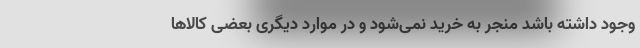
وجود داشته باشد منجر به خرید نمی‌شود و در موارد دیگری بعضی کالاها